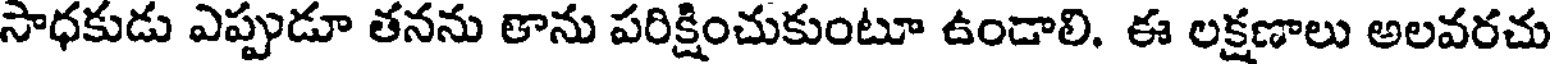
సాధకుడు ఎప్పుడూ తనను తాను పరిక్షించుకుంటూ ఉండాలి. ఈ లక్షణాలు అలవరచు